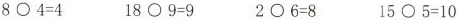
$$8 ○ 4 = 4$$ $$1 8 〇 9 = 9$$ $$2 ○ 6 = 8$$ $$1 5 〇 5 = 1 0$$